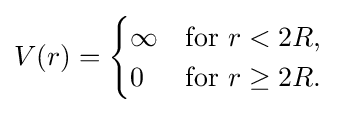
V(r)={\begin{cases}\infty &{\text{for }}r<2R,\\0&{\text{for }}r\geq 2R.\end{cases}}